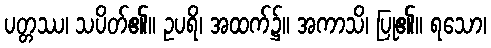
ပတ္တဿ၊ သပိတ်၏။ ဥပရိ၊ အထက်၌။ အကာသိ၊ ပြု၏။ ရသော၊